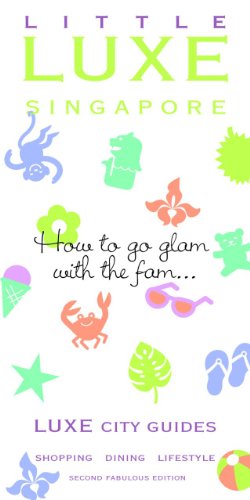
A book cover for LITTLE LUXE Singapore (LUXE City Guides); LUXE City Guides; Travel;